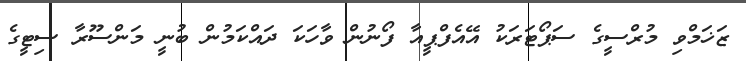
ޒަޚަމްވި މުރްސީގެ ސަޕޯޓަރަކު އޭއެފްޕީއާ ފޯނުން ވާހަކަ ދައްކަމުން ބުނީ މަންސޫރާ ސިޓީގެ